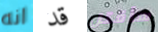
انه قد سأقتل